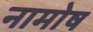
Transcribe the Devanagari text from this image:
नामोष